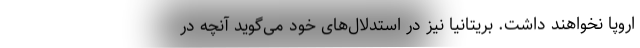
اروپا نخواهند داشت. بریتانیا نیز در استدلال‌های خود می‌گوید آنچه در